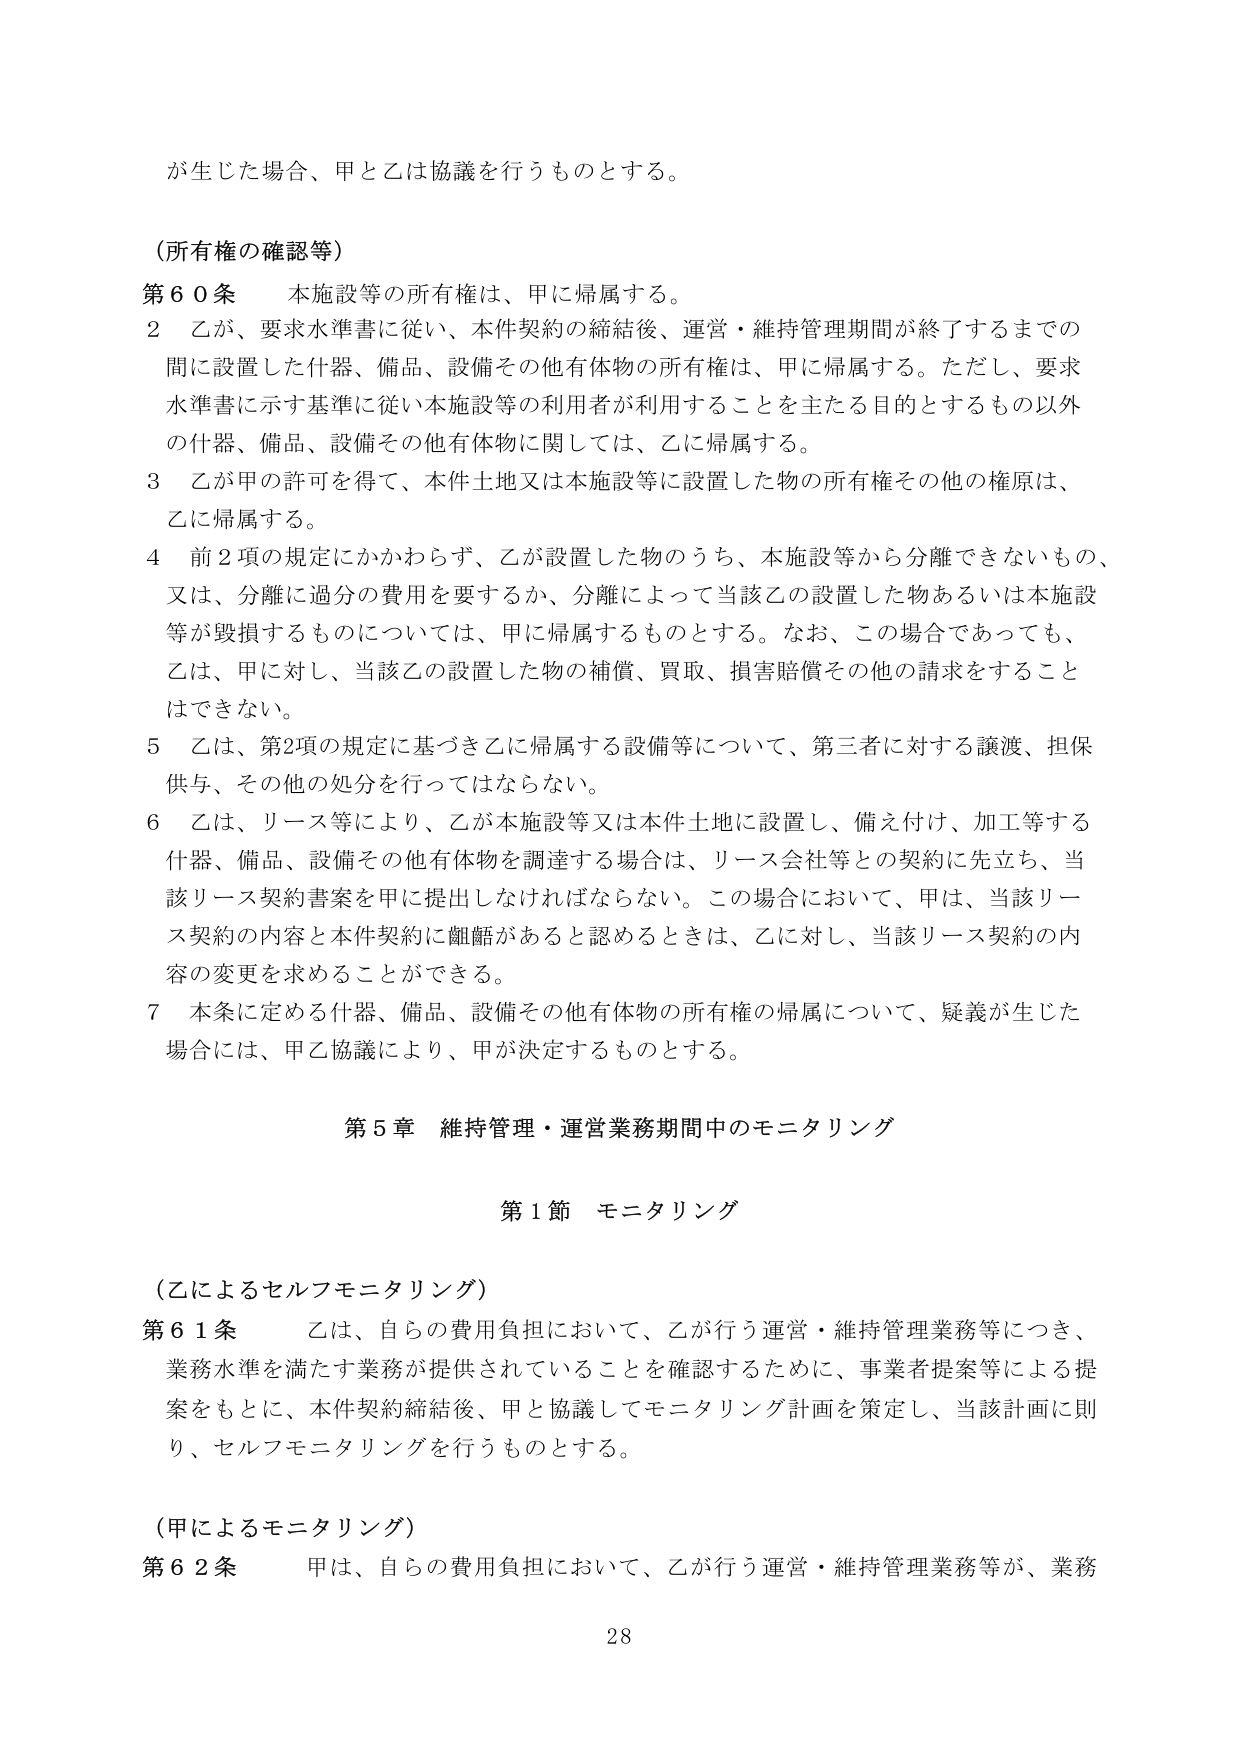
が生じた場合、甲と乙は協議を行うものとする。

（所有権の確認等）

第６０条　本施設等の所有権は、甲に帰属する。

２　乙が、要求水準書に従い、本件契約の締結後、運営・維持管理期間が終了するまでの間 に設置した什器、備品、設備その他有体物の所有権は、甲に帰属する。ただし、要求 水準書に示す基準に従い本施設等の利用者が利用することを主たる目的とするもの以外 の什器、備品、設備その他有体物に関しては、乙に帰属する。

３　乙が甲の許可を得て、本件土地又は本施設等に設置した物の所有権その他の権原は、 乙に帰属する。

４　前２項の規定にかかわらず、乙が設置した物のうち、本施設等から分離できないもの、 又は、分離に過分の費用を要するか、分離によって当該乙の設置した物あるいは本施設 等が毀損するものについては、甲に帰属するものとする。なお、この場合であっても、 乙は、甲に対し、当該乙の設置した物の補償、買取、損害賠償その他の請求をすること はできない。

５　乙は、第2項の規定に基づき乙に帰属する設備等について、第三者に対する譲渡、担保 供与、その他の処分を行ってはならない。

６　乙は、リース等により、乙が本施設等又は本件土地に設置し、備え付け、加工等する 什器、備品、設備その他有体物を調達する場合は、リース会社等との契約に先立ち、当 該リース契約書案を甲に提出しなければならない。この場合において、甲は、当該リー ス契約の内容と本件契約に齟齬があると認めるときは、乙に対し、当該リース契約の内 容の変更を求めることができる。

７　本条に定める什器、備品、設備その他有体物の所有権の帰属について、疑義が生じた 場合には、甲乙協議により、甲が決定するものとする。

第５章　維持管理・運営業務期間中のモニタリング

第１節　モニタリング

（乙によるセルフモニタリング）

第６１条　乙は、自らの費用負担において、乙が行う運営・維持管理業務等につき、 業務水準を満たす業務が提供されていることを確認するために、事業者提案等による提 案をもとに、本件契約締結後、甲と協議してモニタリング計画を策定し、当該計画に則 り、セルフモニタリングを行うものとする。

（甲によるモニタリング）

第６２条　甲は、自らの費用負担において、乙が行う運営・維持管理業務等が、業務

28